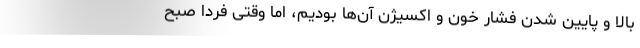
بالا و پایین شدن فشار خون و اکسیژن آن‌ها بودیم، اما وقتی فردا صبح